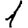
Digit: 1